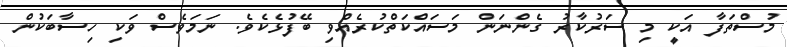
މުސްތަފާ އަކީ މި ސަރުކާރު ގެންނަން މަސައްކަތްކުރެއްވި ބޭފުޅެކެވެ. ނަމަވެސް ވަކި ހިސާބަކުން